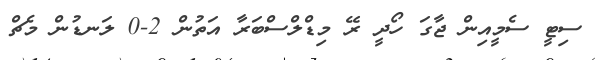
ސިޓީ ސެމީއިން ޖާގަ ހޯދީ ރޭ މިޑްލްސްބަރާ އަތުން 2-0 ލަނޑުން މެޗް